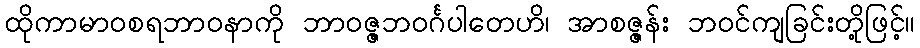
ထိုကာမာဝစရဘာဝနာကို ဘာဝဇ္ဇဘဝင်္ဂပါတေဟိ၊ အာစဇ္ဇန်း ဘဝင်ကျခြင်းတို့ဖြင့်။